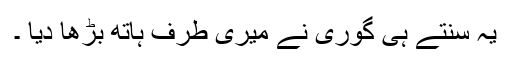
یہ سنتے ہی گوری نے میری طرف ہاتھ بڑھا دیا ۔